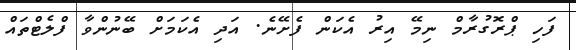
ފަހި ޕްރޮގުރާމް ނިމޭ އިރު އެކަން ފެށޭނެ. އަދި އެކަމަށް ބޭނުންވާ ފްލެޓްތައް